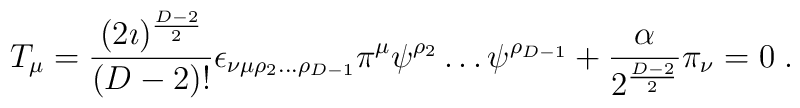
T_\mu =\frac{(2\imath)^\frac{D-2}{2}}{(D-2)!}\epsilon_{\nu\mu\rho_2\ldots\rho_{D-1}}\pi^\mu\psi^{\rho_2}\ldots\psi^{\rho_{D-1}}+\frac{\alpha}{2^\frac{D-2}{2}}\pi_\nu=0\;.